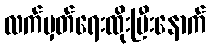
လက်မှတ်ရေးထိုးပြီးနောက်